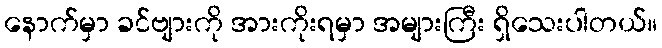
နောက်မှာ ခင်ဗျားကို အားကိုးရမှာ အများကြီး ရှိသေးပါတယ်။